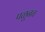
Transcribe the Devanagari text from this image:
पळूनच